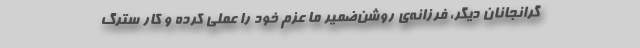
گرانجانان دیگر، فرزانه‌ی روشن‌ضمیر ما عزم خود را عملی کرده و کار سترگ